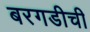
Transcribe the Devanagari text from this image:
बरगडीची